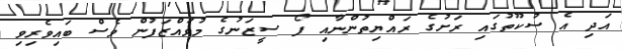
އަދި އެ ސުކޫތުގައި ރަށުގެ ރައްޔިތުންނާއި ފޯ ސީޒަނުގެ މުވައްޒަފުން ވެސް ބައިވެރިވި